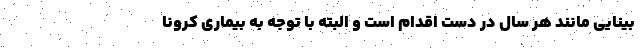
بینایی مانند هر سال در دست اقدام است و البته با توجه به بیماری کرونا